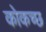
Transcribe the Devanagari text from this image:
कोकच्छ